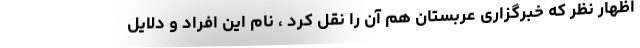
اظهار نظر که خبرگزاری عربستان هم آن را نقل کرد ، نام این افراد و دلایل